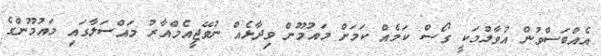
އެއްބަސްވުން އުވާލުމަކީ ގޯސް ކަމެއް ކަމަށް މައުމޫން ވިދާޅެއް ނުވޭޖީއެމްއާރު މައްސަލާގައި މައުމޫންގެ